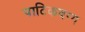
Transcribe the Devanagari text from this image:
पाटिकवग्ग